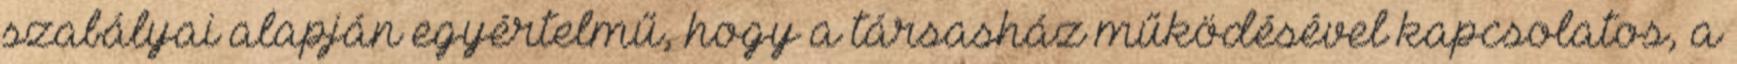
szabályai alapján egyértelmű, hogy a társasház működésével kapcsolatos, a